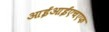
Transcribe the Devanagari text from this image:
आईआईएचएफ